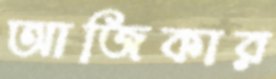
আজিকার